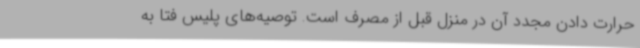
حرارت دادن مجدد آن در منزل قبل از مصرف است. توصیه‌های پلیس فتا به